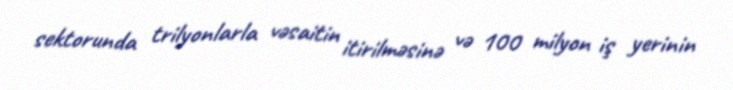
sektorunda trilyonlarla vəsaitin itirilməsinə və 100 milyon iş yerinin